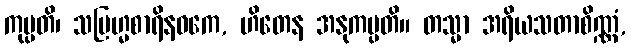
ကုပ္ပတိ၊ သဗြဟ္မစာရိနဝကေ, ဟိတေန အနုကမ္ပတိ။ တသ္မာ အရိယသတာစိဏ္ဏံ,